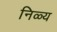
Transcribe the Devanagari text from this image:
निळ्य